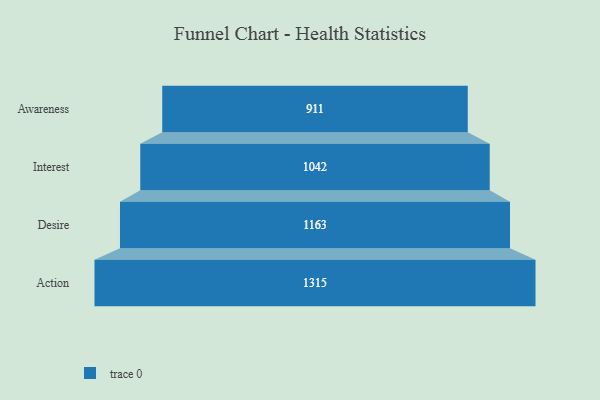
{"axis": {"x": "Stage", "y": "Value"}, "legend": [""], "data": [{"x": "Awareness", "y": 911.0, "type": ""}, {"x": "Interest", "y": 1042.0, "type": ""}, {"x": "Desire", "y": 1163.0, "type": ""}, {"x": "Action", "y": 1315.0, "type": ""}]}